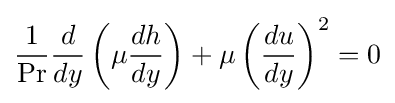
{\frac {1}{\mathrm {Pr} }}{\frac {d}{dy}}\left(\mu {\frac {dh}{dy}}\right)+\mu \left({\frac {du}{dy}}\right)^{2}=0